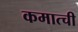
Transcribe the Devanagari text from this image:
कमात्ची